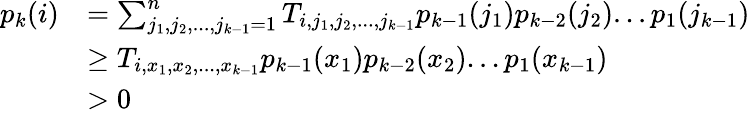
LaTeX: \begin{array}{rl}{p_{k}(i)}&{=\sum_{j_{1},j_{2},...,j_{k-1}=1}^{n}T_{i,j_{1},j_{2},...,j_{k-1}}p_{k-1}(j_{1})p_{k-2}(j_{2})...p_{1}(j_{k-1})}\\ &{\geq T_{i,x_{1},x_{2},...,x_{k-1}}p_{k-1}(x_{1})p_{k-2}(x_{2})...p_{1}(x_{k-1})}\\ &{>0}\end{array}